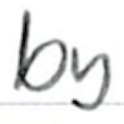
Text: by
Cross-out: clean
Writing tool: ballpoint